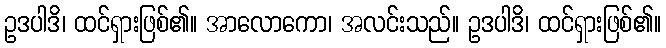
ဥဒပါဒိ၊ ထင်ရှားဖြစ်၏။ အာလောကော၊ အလင်းသည်။ ဥဒပါဒိ၊ ထင်ရှားဖြစ်၏။